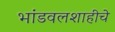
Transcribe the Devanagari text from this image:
भांडवलशाहीचे